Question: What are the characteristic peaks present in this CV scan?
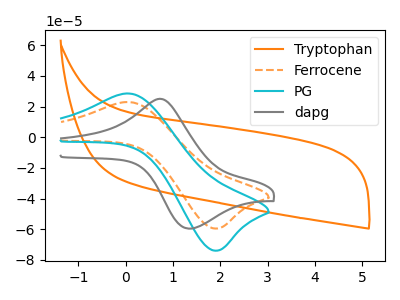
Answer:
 <answer>The orange curve "Tryptophan" has no peaks. The orange dashed curve "Ferrocene" has an anodic peak at (0.10V, 22.85uA) and a cathodic peak at (1.90V, -59.50uA). The cyan curve "PG" has an anodic peak at (0.10V, 28.40uA) and a cathodic peak at (1.90V, -73.90uA). The gray curve "dapg" has an anodic peak at (0.80V, 24.75uA) and a cathodic peak at (1.35V, -59.55uA).</answer>
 <eval></eval>